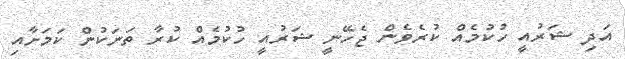
އަދި ޝަރުއީ ހުކުމެއް ކުރެވެން ޖެހޭނީ ޝަރުއީ ހުކުމެއް ކުރާ ތަނަކުން ކަމަށާއި